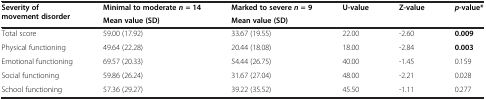
| <ROWSPAN=2> Severity of movement disorder | Minimal to moderaten = 14 | Marked to severen= 9 | <ROWSPAN=2> U-value | <ROWSPAN=2> Z-value | <ROWSPAN=2> p-value* |
 | Mean value (SD) | Mean value (SD) |
 | --- | --- | --- | --- | --- | --- |
 | Total score | 59.00 (17.92) | 33.67 (19.55) | 22.00 | -2.60 | 0.009 |
 | Physical functioning | 49.64 (22.28) | 20.44 (18.08) | 18.00 | -2.84 | 0.003 |
 | Emotional functioning | 69.57 (20.33) | 54.44 (26.75) | 40.00 | -1.45 | 0.159 |
 | Social functioning | 59.86 (26.24) | 31.67 (27.04) | 48.00 | -2.21 | 0.028 |
 | School functioning | 57.36 (29.27) | 39.22 (35.52) | 45.50 | -1.11 | 0.277 |